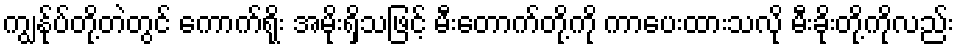
ကျွန်ုပ်တို့တဲတွင် ကောက်ရိုး အမိုးရှိသဖြင့် မီးတောက်တို့ကို ကာပေးထားသလို မီးခိုးတို့ကိုလည်း